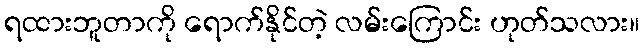
ရထားဘူတာကို ရောက်နိုင်တဲ့ လမ်းကြောင်း ဟုတ်သလား။